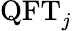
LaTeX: \mathrm{QFT}_{j}